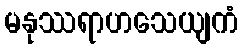
မနုဿရာဟသေယျကံ